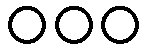
၀၀၀